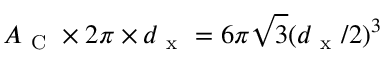
A _ { \mathrm { ~ C ~ } } \times 2 \pi \times d _ { \mathrm { ~ x ~ } } = 6 \pi \sqrt { 3 } ( d _ { \mathrm { ~ x ~ } } / 2 ) ^ { 3 }